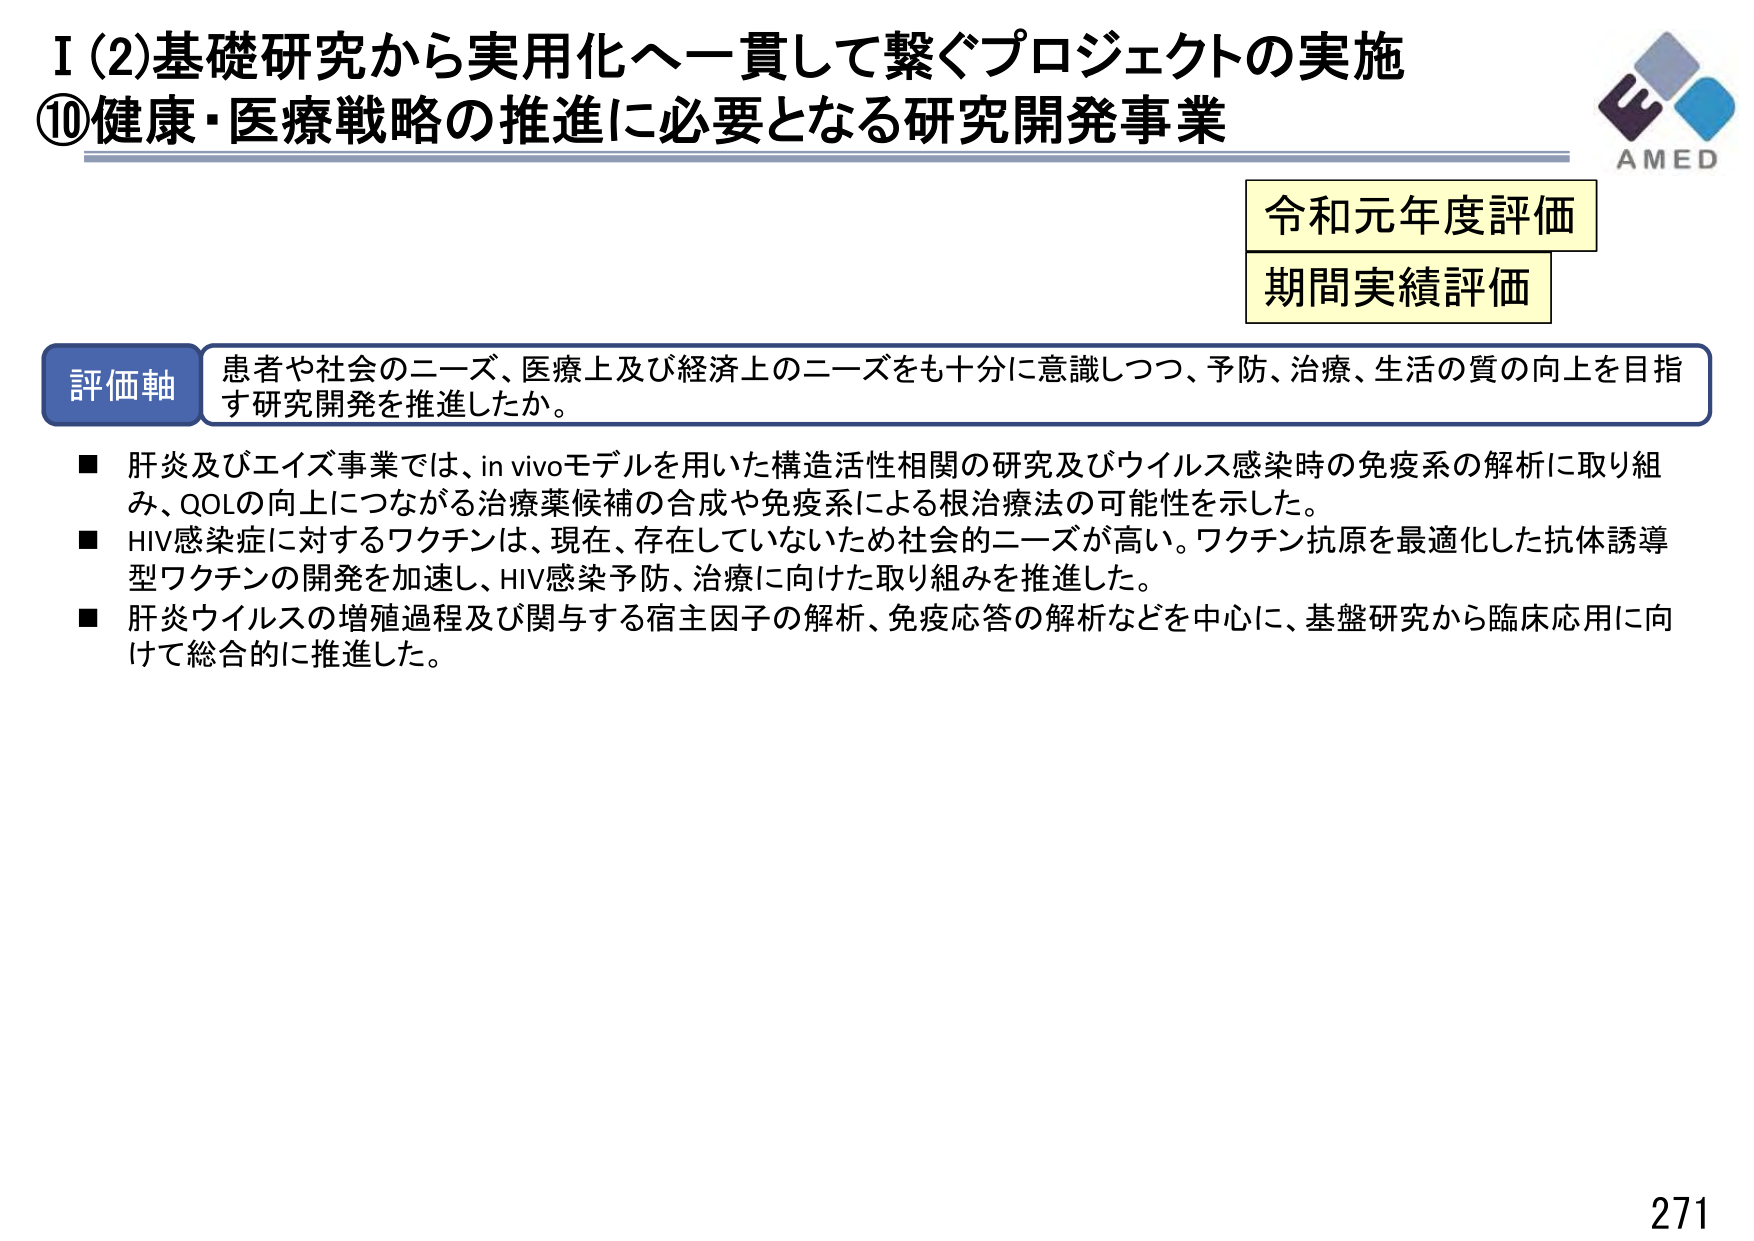
I (2) 基礎研究から実用化へ一貫して繋ぐプロジェクトの実施
⑩健康・医療戦略の推進に必要となる研究開発事業

AMED

令和元年度評価
期間実績評価

評価軸
患者や社会のニーズ、医療上及び経済上のニーズをも十分に意識しつつ、予防、治療、生活の質の向上を目指す研究開発を推進したか。

■ 肝炎及びエイズ事業では、in vivoモデルを用いた構造活性相関の研究及びウイルス感染時の免疫系の解析に取り組み、QOLの向上につながる治療薬候補の合成や免疫系による根治療法の可能性を示した。
■ HIV感染症に対するワクチンは、現在、存在していないため社会的ニーズが高い。ワクチン抗原を最適化した抗体誘導型ワクチンの開発を加速し、HIV感染予防、治療に向けた取り組みを推進した。
■ 肝炎ウイルスの増殖過程及び関与する宿主因子の解析、免疫応答の解析などを中心に、基盤研究から臨床応用に向けて総合的に推進した。

271